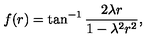
f ( r ) = \tan ^ { - 1 } \frac { 2 \lambda r } { 1 - \lambda ^ { 2 } r ^ { 2 } } ,